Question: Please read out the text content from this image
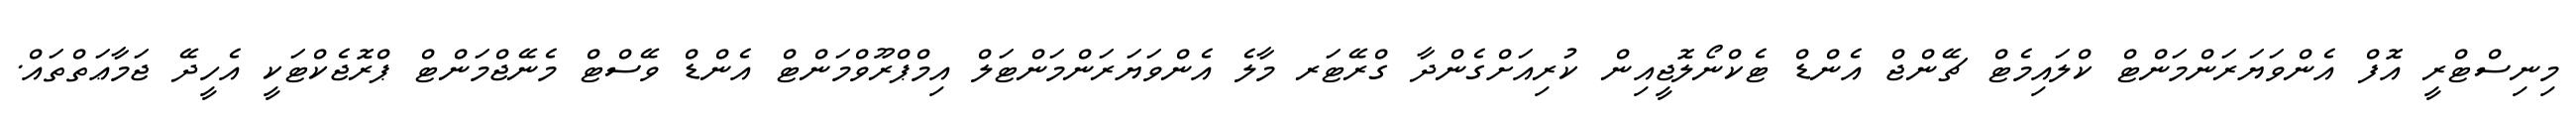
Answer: މިނިސްޓްރީ އޮފް އެންވަޔަރަންމަންޓް ކްލައިމެޓް ޗޭންޖް އެންޑް ޓެކްނޯލޮޖީއިން ކުރިއަށްގެންދާ ގްރޭޓަރ މާލެ އެންވަޔަރަންމަންޓަލް އިމްޕްރޫވްމަންޓް އެންޑް ވޭސްޓް މެނޭޖްމަންޓް ޕްރޮޖެކްޓަކީ އެހީދޭ ޖަމާޢަތްތައް.